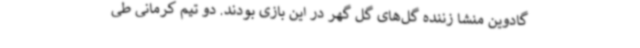
گادوین منشا زننده گل‌های گل گهر در این بازی بودند. دو تیم کرمانی طی